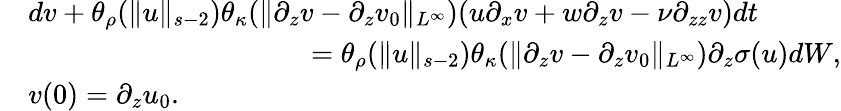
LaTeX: \begin{array}{rl}&{dv+\theta_{\rho}(\| u\| _{s-2})\theta_{\kappa}(\| \partial_{z}v-\partial_{z}v_{0}\| _{L^{\infty}})(u\partial_{x}v+w\partial_{z}v-\nu\partial_{zz}v)dt}\\ &{\qquad\qquad\qquad\qquad\qquad=\theta_{\rho}(\| u\| _{s-2})\theta_{\kappa}(\| \partial_{z}v-\partial_{z}v_{0}\| _{L^{\infty}})\partial_{z}\sigma(u)dW,}\\ &{v(0)=\partial_{z}u_{0}.}\end{array}